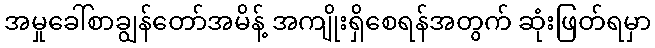
အမှုခေါ်စာချွန်တော်အမိန့် အကျိုးရှိစေရန်အတွက် ဆုံးဖြတ်ရမှာ